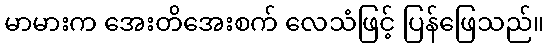
မာမားက အေးတိအေးစက် လေသံဖြင့် ပြန်ဖြေသည်။